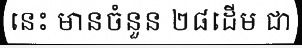
នេះ មានចំនួន ២៨ដើម ជា